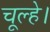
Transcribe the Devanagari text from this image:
चूल्हे।